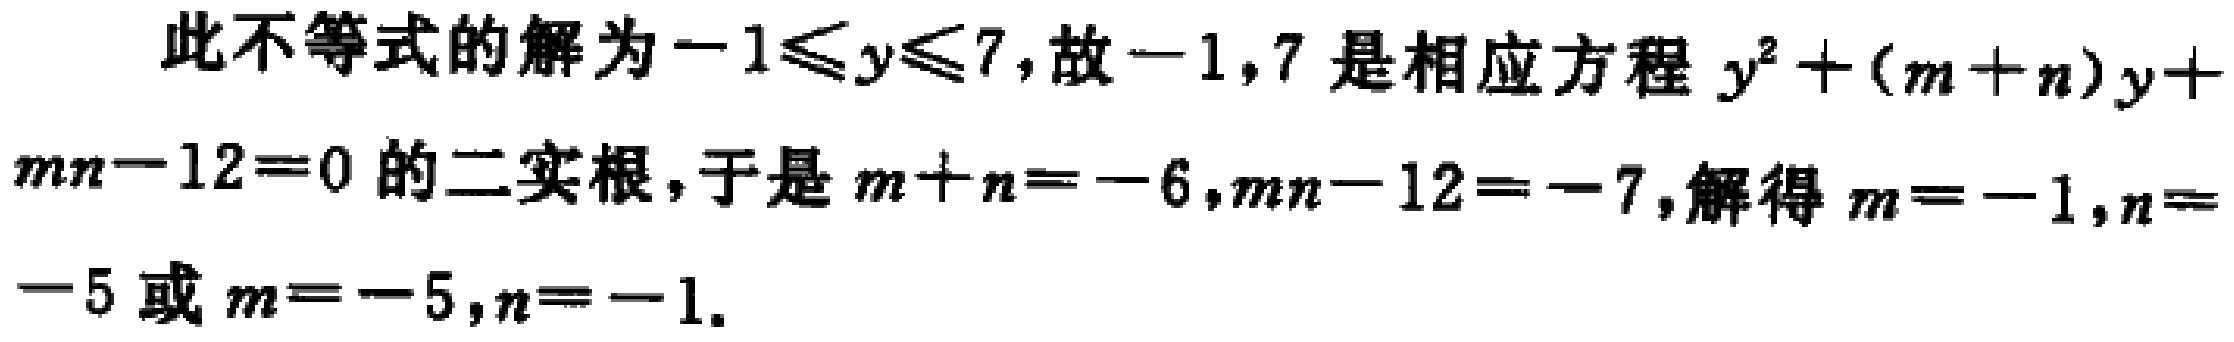
此不等式的解为\(-1\leqslant y\leqslant 7\)，故\(-1,7\)是相应方程\(y^{2}+(m + n)y+mn - 12 = 0\)的二实根，于是\(m + n = - 6\)，\(mn - 12 = - 7\)，解得\(m = - 1\)，\(n = - 5\)或\(m = - 5\)，\(n = - 1\)。